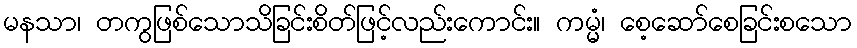
မနသာ၊ တကွဖြစ်သောသိခြင်းစိတ်ဖြင့်လည်းကောင်း။ ကမ္မံ၊ စေ့ဆော်စေခြင်းစသော